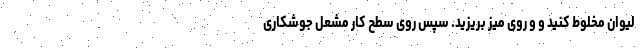
لیوان مخلوط کنید و و روی میز بریزید. سپس روی سطح کار مشعل جوشکاری